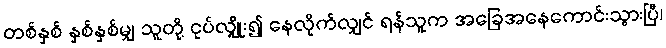
တစ်နှစ် နှစ်နှစ်မျှ သူတို့ ငုပ်လျှိုး၍ နေလိုက်လျှင် ရန်သူက အခြေအနေကောင်းသွားပြီ၊